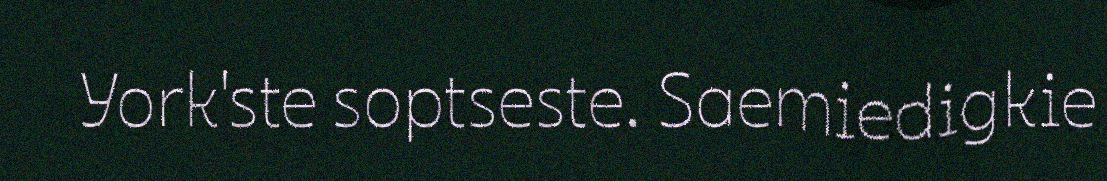
York'ste soptseste. Saemiedigkie